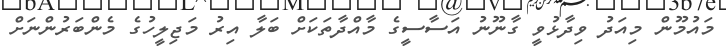
މައުމޫން މިއަދު ވިދާޅުވީ ގާނޫނު އަސާސީގެ މާއްދާތަކަށް ބަލާ އިރު މަޖިލީހުގެ މެންބަރުންނަށް